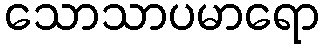
သောသာပမာရော